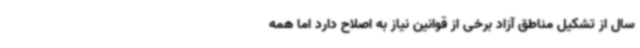
سال از تشکیل مناطق آزاد برخی از قوانین نیاز به اصلاح دارد اما همه